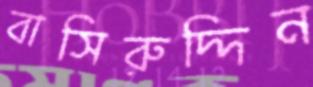
বাসিরুদ্দিন